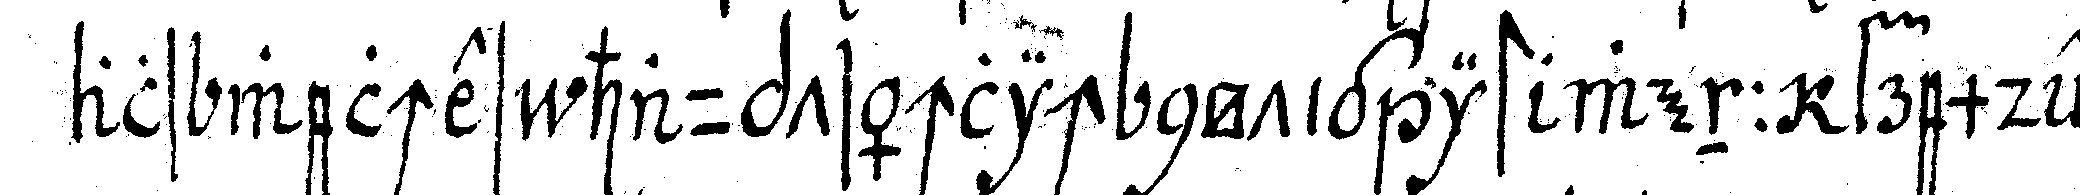
als welches hauptsächlich nötig ist wenn fremdeN